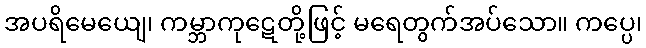
အပရိမေယျေ၊ ကမ္ဘာကုဋေတို့ဖြင့် မရေတွက်အပ်သော။ ကပ္ပေ၊